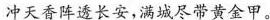
冲天香阵透长安，满城尽带黄金甲。